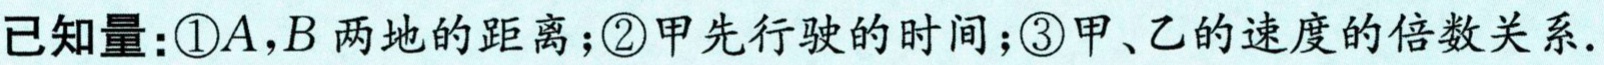
已知量：\textcircled{1}\(A,B\)两地的距离；\textcircled{2}甲先行驶的时间；\textcircled{3}甲、乙的速度的倍数关系.